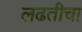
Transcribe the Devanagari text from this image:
लढतीचा